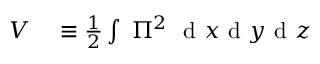
\begin{array} { r l } { V } & { { } \equiv \frac { 1 } { 2 } \int ~ \Pi ^ { 2 } ~ \mathrm { ~ d ~ } x \mathrm { ~ d ~ } y \mathrm { ~ d ~ } z } \end{array}